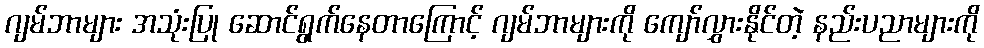
ဂျမ်ဘာများ အသုံးပြု ဆောင်ရွက်နေတာကြောင့် ဂျမ်ဘာများကို ကျော်လွှားနိုင်တဲ့ နည်းပညာများကို